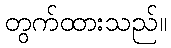
တွက်ထားသည်။